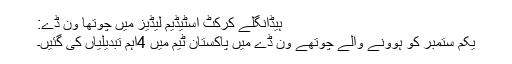
ہیڈانگلے کرکٹ اسٹیڈیم لیڈیز میں چوتھا وَن ڈے:
یکم ستمبر کو ہوونے والے چوتھے وَن ڈے میں پاکستان ٹیم میں 4اہم تبدیلیاں کی گئیں۔